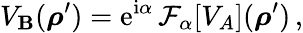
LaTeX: V_{\mathbf{B}}(\boldsymbol\rho^{\prime})=\mathrm{{e}}^{\mathrm{{i}}\alpha}\, {\mathcal{F}}_{\alpha}[V_{A}](\boldsymbol\rho^{\prime})\, ,